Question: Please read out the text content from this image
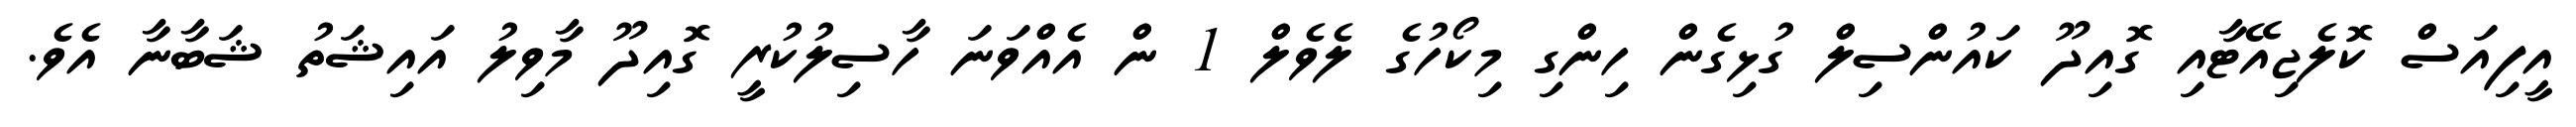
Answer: އީފިއަސް ކޮލެޖިއޭޓާއި ގޮއިދޫ ކައުންސިލް ގުޅިގެން ހިންގި މިކޯހުގެ ލެވެލް 1 ން އެއްވަނަ ހާސިލުކުރީ ގޮއިދޫ މާވިލު އައިޝަތު ޝަބާނާ އެވެ.